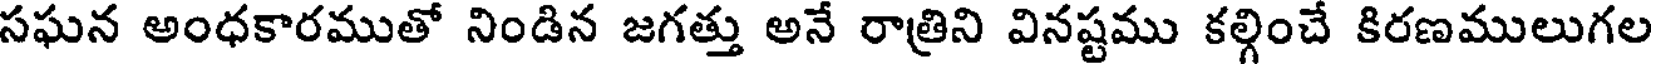
సఘన అంధకారముతో నిండిన జగత్తు అనే రాత్రిని వినష్టము కల్గించే కిరణములుగల